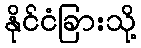
နိုင်ငံခြားသို့